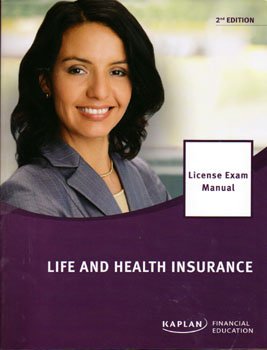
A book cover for Life and Health Insurance License Exam Manual; Business & Money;